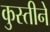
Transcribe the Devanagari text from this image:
कुस्तीने